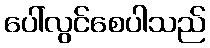
ပေါ်လွင်စေပါသည်